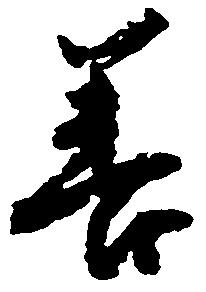
善